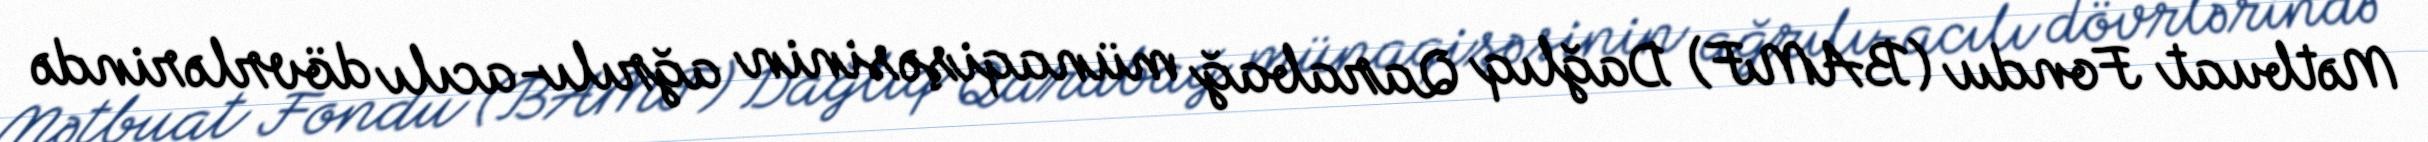
Mətbuat Fondu (BAMF) Dağlıq Qarabağ münaqişəsinin ağrılı-acılı dövrlərində